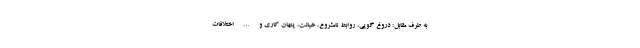
به طرف مقابل: دروغ گویی، روابط نامشروع، خیانت، پنهان کاری و … اختلافات